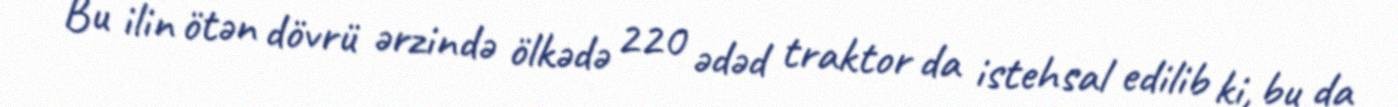
Bu ilin ötən dövrü ərzində ölkədə 220 ədəd traktor da istehsal edilib ki, bu da